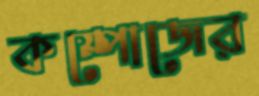
কম্পোজের